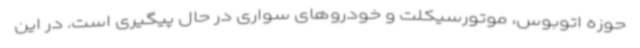
حوزه اتوبوس، موتورسیکلت و خودروهای سواری در حال پیگیری است. در این